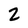
Character: Z